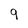
Character: 9